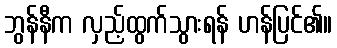
ဘွန်နီက လှည့်ထွက်သွားရန် ဟန်ပြင်၏။